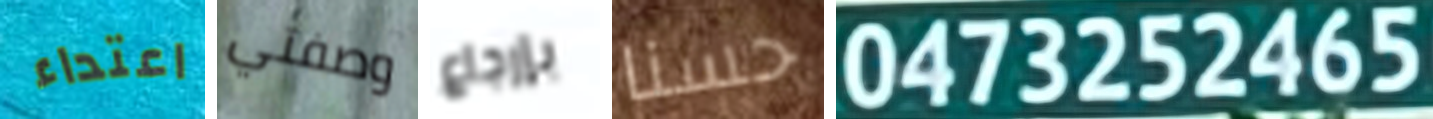
اعتداء وصفتي بإرجاع حسنا 0473252465